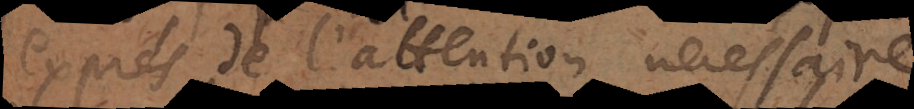
exprès de l’attention nécessaire,